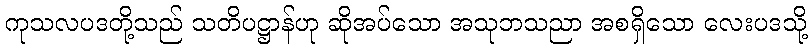
ကုသလပဒတို့သည် သတိပဋ္ဌာန်ဟု ဆိုအပ်သော အသုဘသညာ အစရှိသော လေးပဒသို့